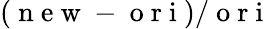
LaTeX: (\mathrm{~n~e~w~}-\mathrm{~o~r~i~})/\mathrm{~o~r~i~}